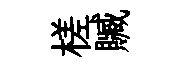
槎贓